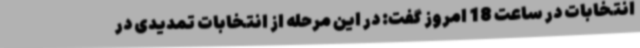
انتخابات در ساعت 18 امروز گفت: در این مرحله از انتخابات تمدیدی در